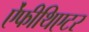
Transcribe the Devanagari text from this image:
ऐंफीथिएटर